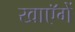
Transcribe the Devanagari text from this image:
खाएॅगें